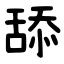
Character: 舔